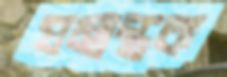
যমান্তক